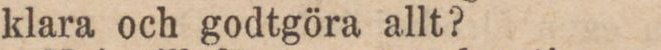
klara och godtgöra allt?